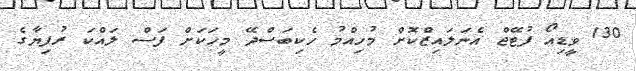
130 ވީޑިއޯ ފުޓޭޖް އެނަލައިޒްކޮށް މުހިއްމު ހެކިބަސްދޭ މީހަކަށް ފަސް ލައްކަ ރުފިޔާގެ